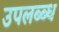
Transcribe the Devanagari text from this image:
उपलब्ब्ध